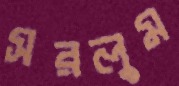
সরলুম